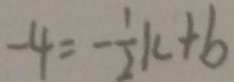
- 4 = - \frac { 1 } { 2 } k + b